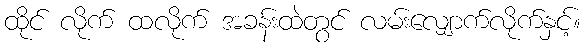
ထိုင် လိုက် ထလိုက် အခန်းထဲတွင် လမ်းလျှောက်လိုက်နှင့်။